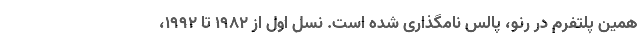
همین پلتفرم در رنو، پالس نامگذاری شده است. نسل اول از 1982 تا 1992،